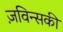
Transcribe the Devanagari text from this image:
ज़विन्सकी